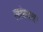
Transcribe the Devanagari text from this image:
लांबवता